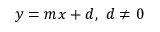
y = m x + d , \ d \neq 0